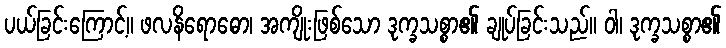
ပယ်ခြင်းကြောင့်။ ဖလနိရောဓော၊ အကျိုးဖြစ်သော ဒုက္ခသစ္စာ၏ ချုပ်ခြင်းသည်။ ဝါ၊ ဒုက္ခသစ္စာ၏